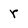
Character: r